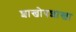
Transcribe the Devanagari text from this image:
शाखोपशाखा